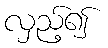
လှည့်၍